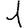
Digit: 1